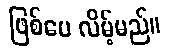
ဖြစ်ပေ လိမ့်မည်။